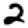
Digit: 2